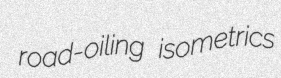
road-oiling isometrics